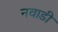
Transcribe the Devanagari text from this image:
नवाडी